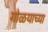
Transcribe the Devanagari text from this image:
गोळयाच्या